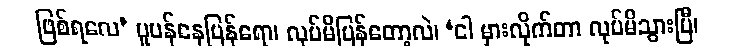
ဖြစ်ရလေ’ ပူပန်နေပြန်ရော၊ လုပ်မိပြန်တော့လဲ၊ ‘ငါ မှားလိုက်တာ လုပ်မိသွားပြီ၊